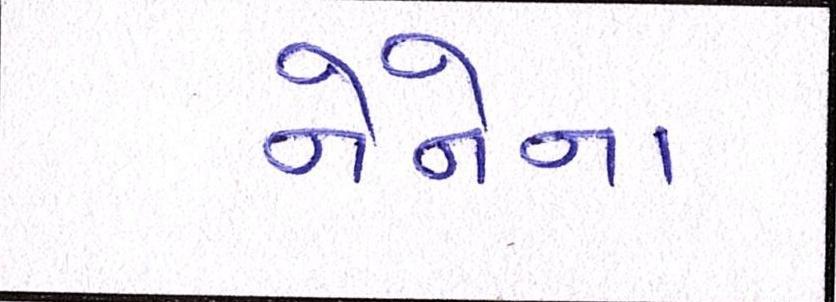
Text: નેનેના